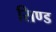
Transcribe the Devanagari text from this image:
सिण्ड